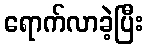
ရောက်လာခဲ့ပြီး